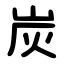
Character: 炭